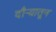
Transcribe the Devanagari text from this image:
दौऱ्यातून